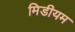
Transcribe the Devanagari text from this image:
मिडीयम